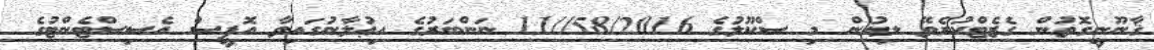
ޤާނޫނީގޮތުން ގެޒެޓްކުރެވޭ ލިޔުން މި ސްކޫލުގެ 58/2016//11 ނަންބަރުގެ އިޢުލާނުގައިވާ އޮފީސް އެސިސްޓެންޓުގެ